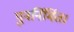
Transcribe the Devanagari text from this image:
पुनर्निर्मित।